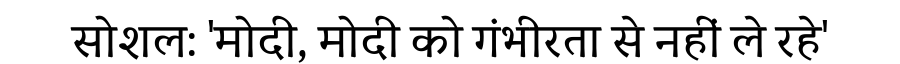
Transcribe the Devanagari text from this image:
सोशल: 'मोदी, मोदी को गंभीरता से नहीं ले रहे'